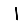
Digit: 1